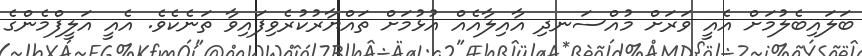
ބަލައިބެލުމަށް އެއީ ވަރަށް މުއްސަނދި އާއިލާއެއް އުޅުމަށް ތައްޔާރުކުރެވިފައިވާ ތަނެކެވެ. އެއީ އަލީފްމެންގެ